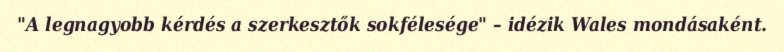
"A legnagyobb kérdés a szerkesztők sokfélesége" – idézik Wales mondásaként.